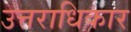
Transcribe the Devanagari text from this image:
उत्तराधिकार